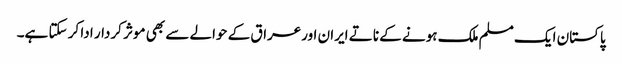
پاکستان ایک مسلم ملک ہونے کے ناتے ایران اورعراق کے حوالے سے بھی موثر کردار ادا کر سکتا ہے۔